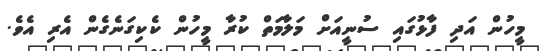
މީހުން އަދި ފާޅުގައި ސުނީއަށް މަލާމަތް ކުރާ މީހުން ކެކިގަނެގެން އެރި އެވެ.